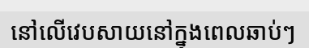
នៅលើវេបសាយនៅក្នុងពេលឆាប់ៗ